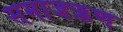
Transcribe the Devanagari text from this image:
समाजऋण